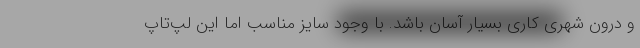
و درون شهری کاری بسیار آسان باشد. با وجود سایز مناسب اما این لپ‌تاپ